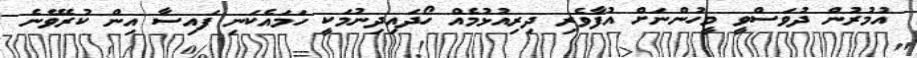
އުމުރުން ދުވަސްވީ މީހުންނަށް އުފާވެރި ދިރިއުޅުމެއް ހޯދައިދިނުމަކީ ހަމައެކަނި ފައިސާ އިން ކުރެވޭނެ